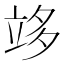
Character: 䇋